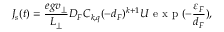
J _ { s } ( t ) = \frac { e g v _ { \perp } } { L _ { \perp } } D _ { F } C _ { k , q } ( - d _ { F } ) ^ { k + 1 } U \mathrm { ~ e ~ x ~ p ~ } ( - \frac { \varepsilon _ { F } } { d _ { F } } ) ,